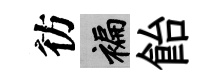
彷褊飴